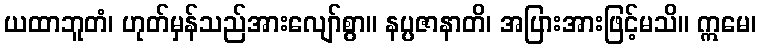
ယထာဘူတံ၊ ဟုတ်မှန်သည်အားလျော်စွာ။ နပ္ပဇာနာတိ၊ အပြားအားဖြင့်မသိ။ ဣမေ၊